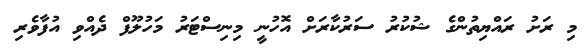
މި ރަށު ރައްޔިތުންގެ ޝުކުރު ސަރުކާރަށް އޮހުނީ މިނިސްޓަރު މަހުލޫފް ދެއްވި އުފާވެރި